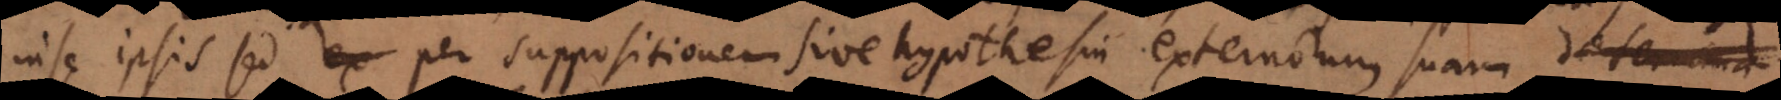
in se ipsis sed per suppositionem sive hypothesin externorum suam determina